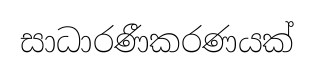
සාධාරණීකරණයක්